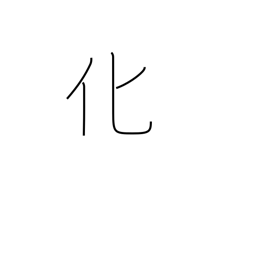
Meaning: influence